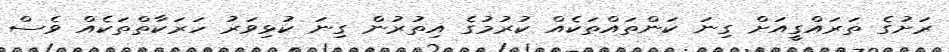
ރަށުގެ ތަރައްގީއަށް ގިނަ ކަންތައްތަކެއް ކުރުމުގެ އިތުރުން ގިނަ ކުޅިވަރު ހަރަކާތްތަކެއް ވެސް